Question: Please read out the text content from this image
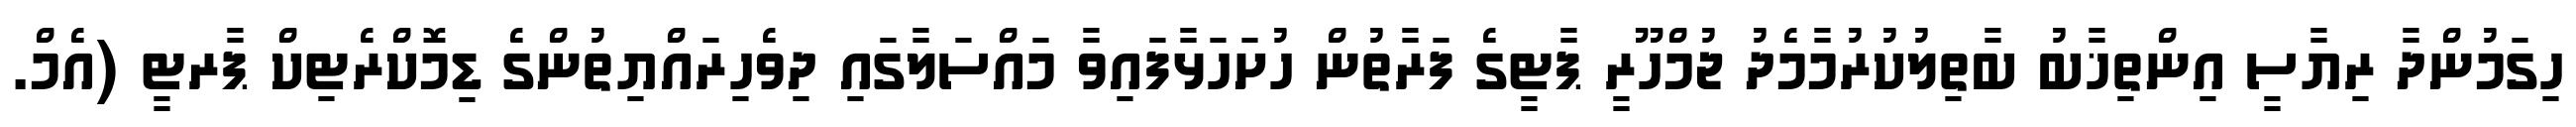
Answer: ހިގަމުންދާ ރިޔާސީ އިންތިޚާބު ބާތިލުކުރުމާމެދު ޖުމްހޫރީ ޕާޓީގެ ފަރާތުން ހުށަހަޅާފައިވާ މައްސަލާގައި ދިވެހިރައްޔިތުންގެ ޑިމޮކްރެޓިކް ޕާރޓީ (އެމް.